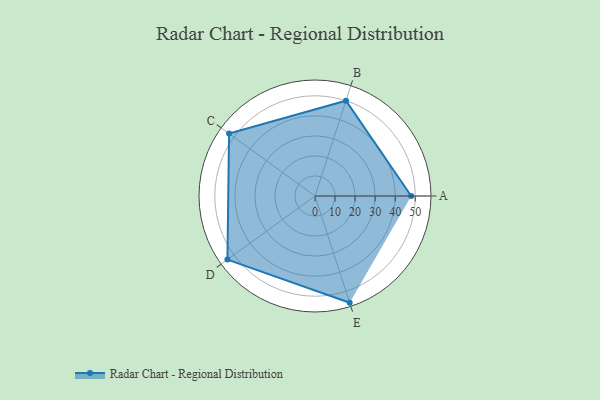
{"axis": {"x": "Skill", "y": "Score"}, "legend": ["Profile"], "data": [{"x": "A", "y": 48.0, "type": "Profile"}, {"x": "B", "y": 50.0, "type": "Profile"}, {"x": "C", "y": 53.0, "type": "Profile"}, {"x": "D", "y": 54.0, "type": "Profile"}, {"x": "E", "y": 56.0, "type": "Profile"}]}